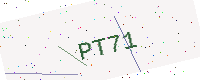
Text: PT71